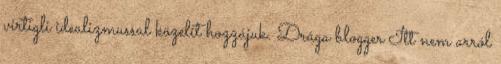
virtigli idealizmussal közelít hozzájuk. Drága blogger Itt nem arról